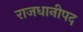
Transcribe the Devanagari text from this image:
राजधानीपद